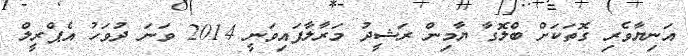
އަނިޔާވެރި ގޮތަކަށް ބްލޮގާ ޔާމިން ރަޝީދު މަރާލާފައިވަނީ 2014 ވަނަ ދުވަހު އެޕްރީލް